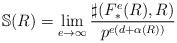
LaTeX: \begin{align*} \mathbb{S}(R)=\lim_{e\rightarrow \infty} \frac{\sharp (F_*^e(R),R)}{p^{e(d+\alpha (R))}}\end{align*}